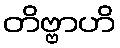
တိဗ္ဗာဟိ